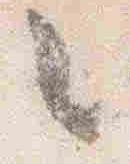
々